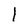
Character: l